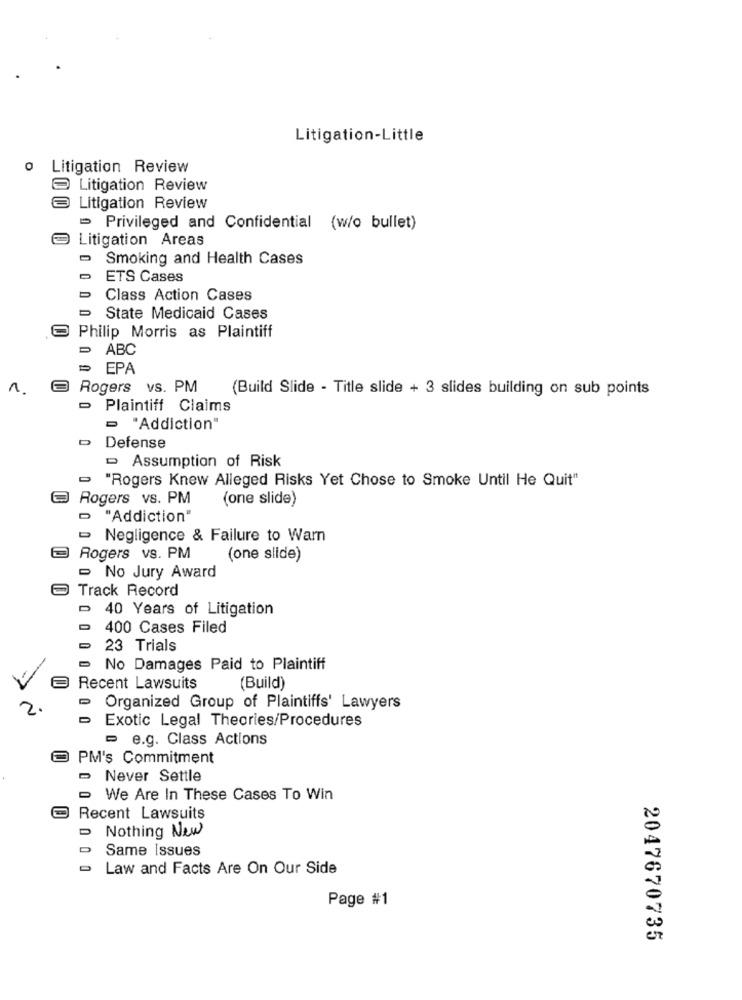
Litigation-Little
0
Litigation Review
Litigation Review
Litigation Review
Privileged and Confidential (w/o bullet)
Litigation Areas
Smoking and Health Cases
ETS Cases
Class Action Cases
State Medicaid Cases
Philip Morris as Plaintiff
> ABC
EPA
Rogers vs. PM
(Build Slide - Title slide + 3 slides building on sub points
- Plaintiff Claims
"Addiction"
› Defense
Assumption of Risk
- "Rogers Knew Alleged Risks Yet Chose to Smoke Until He Quit"
@ Rogers vs. PM
(one slide)
D "Addiction"
- Negligence & Failure to Warn
Rogers vs. PM
(one slide)
- No Jury Award
Track Record
- 40 Years of Litigation
- 400 Cases Filed
= 23 Trials
No Damages Paid to Plaintiff
Recent Lawsuits
(Build)
· Organized Group of Plaintiffs' Lawyers
- Exotic Legal Theories/Procedures
- e.g. Class Actions
PM's Commitment
- Never Settle
- We Are In These Cases To Win
Recent Lawsuits
Nothing New
Same Issues
Law and Facts Are On Our Side
Page #1
2047670735